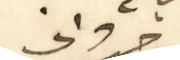
دانى